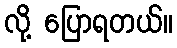
လို့ ပြောရတယ်။